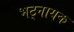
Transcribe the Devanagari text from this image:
भट्नायक